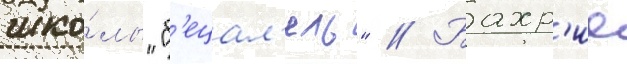
шко́лы "б'ецал'ель" // Бахр'ие